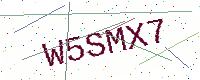
Text: W5SMX7